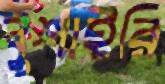
বুশাইরি